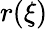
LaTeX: r(\xi)